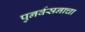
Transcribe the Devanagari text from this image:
पुनर्वसनाचा